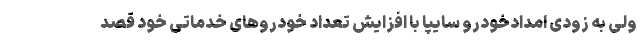
ولی به زودی امدادخودرو سایپا با افزایش تعداد خودروهای خدماتی خود قصد